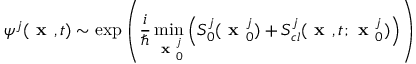
\psi ^ { j } ( \textbf { x } , t ) \sim \exp \left( \frac { i } { \hbar } \operatorname* { m i n } _ { \textbf { x } _ { 0 } ^ { j } } \left( S _ { 0 } ^ { j } ( \textbf { x } _ { 0 } ^ { j } ) + S _ { c l } ^ { j } ( \textbf { x } , t ; \textbf { x } _ { 0 } ^ { j } ) \right) \right)